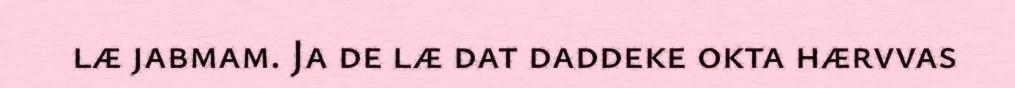
læ jabmam. Ja de læ dat daddeke okta hærvvas